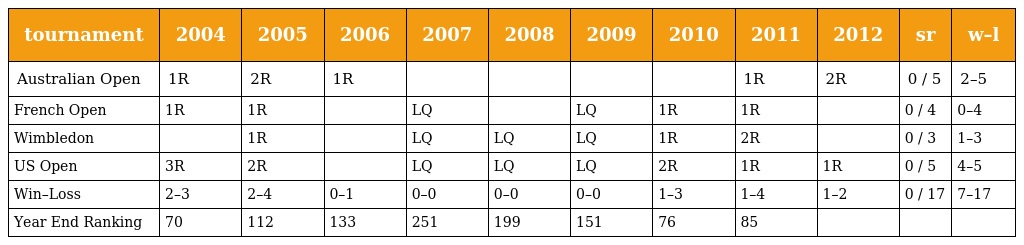
| tournament | 2004 | 2005 | 2006 | 2007 | 2008 | 2009 | 2010 | 2011 | 2012 | sr | w–l |
 | --- | --- | --- | --- | --- | --- | --- | --- | --- | --- | --- | --- |
 | Australian Open | 1R | 2R | 1R |  |  |  |  | 1R | 2R | 0 / 5 | 2–5 |
 | French Open | 1R | 1R |  | LQ |  | LQ | 1R | 1R |  | 0 / 4 | 0–4 |
 | Wimbledon |  | 1R |  | LQ | LQ | LQ | 1R | 2R |  | 0 / 3 | 1–3 |
 | US Open | 3R | 2R |  | LQ | LQ | LQ | 2R | 1R | 1R | 0 / 5 | 4–5 |
 | Win–Loss | 2–3 | 2–4 | 0–1 | 0–0 | 0–0 | 0–0 | 1–3 | 1–4 | 1–2 | 0 / 17 | 7–17 |
 | Year End Ranking | 70 | 112 | 133 | 251 | 199 | 151 | 76 | 85 |  |  |  |